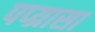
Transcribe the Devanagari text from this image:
पप्य्रासा